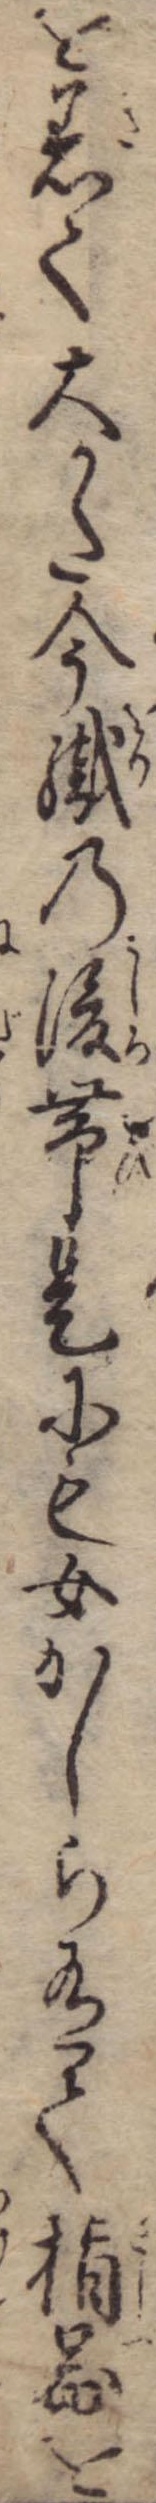
を着て大かた今織の後帯是にも女かしら有て指図を